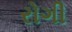
રોગી